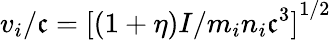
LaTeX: v_{i}/\mathfrak{c}={[(1+\eta)I/m_{i}n_{i}\mathfrak{c}^{3}]}^{1/2}